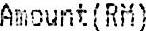
AMOUNT(RM)